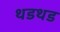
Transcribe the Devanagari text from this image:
थडथड